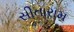
સીતારામ